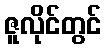
ဇူလိုင်တွင်